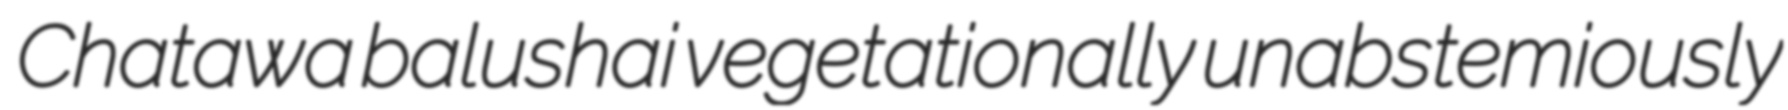
Chatawa balushai vegetationally unabstemiously